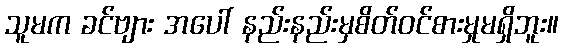
သူမက ခင်ဗျား အပေါ် နည်းနည်းမှစိတ်ဝင်စားမှုမရှိဘူး။